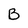
Character: B